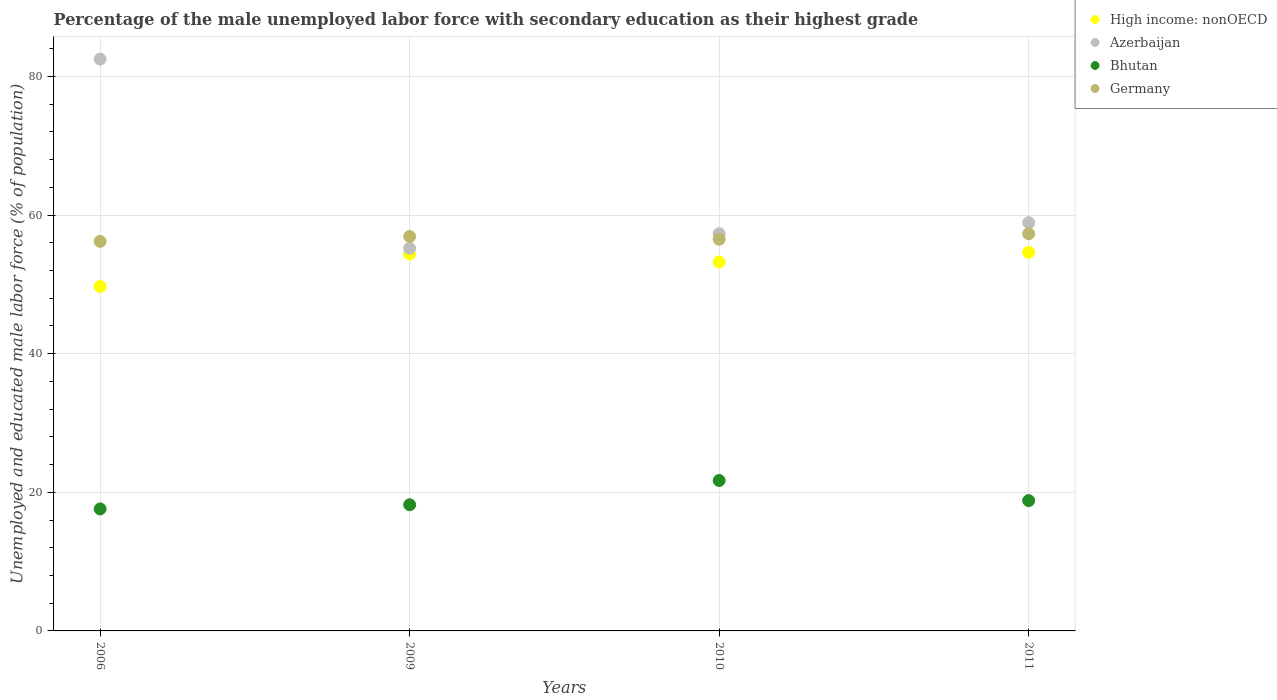
| Years | High income: nonOECD | Azerbaijan | Bhutan | Germany |
 | --- | --- | --- | --- | --- |
 | 2006 | 49.7 | 82.5 | 17.6 | 56.2 |
 | 2009 | 54.4 | 55.2 | 18.2 | 56.9 |
 | 2010 | 53.2 | 57.3 | 21.7 | 56.5 |
 | 2011 | 54.6 | 58.9 | 18.8 | 57.3 |